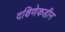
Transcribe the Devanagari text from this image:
दक्षिणेकडीन